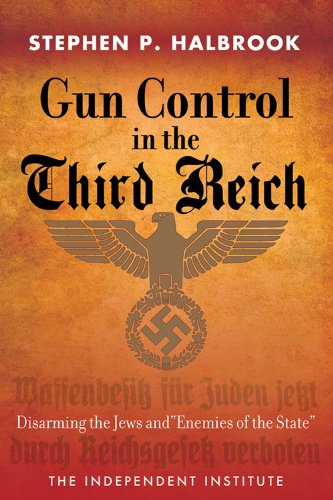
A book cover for Gun Control in the Third Reich: Disarming the Jews and "Enemies of the State"; Stephen P. Halbrook; Law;